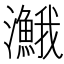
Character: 𤄣